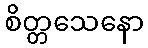
စိတ္တသေနော